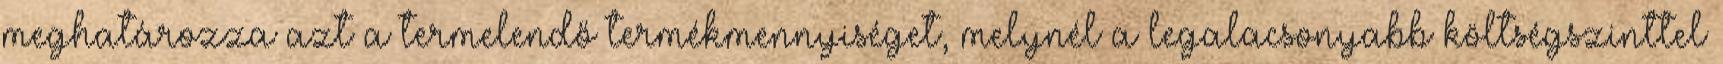
meghatározza azt a termelendő termékmennyiséget, melynél a legalacsonyabb költségszinttel